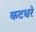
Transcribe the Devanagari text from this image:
कटधरे